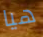
هيا